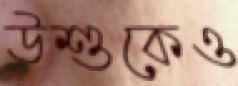
উশুকেও